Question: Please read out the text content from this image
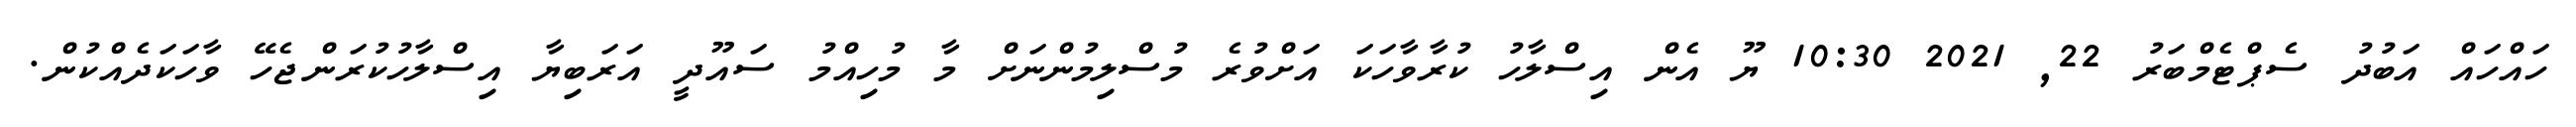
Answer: ހައްހައް އަބުދު ސެޕްޓެމްބަރު 22, 2021 10:30 ޔޫ އެން އިސްލާހު ކުރާވާހަކަ އަށްވުރެ މުސްލިމުންނަށް މާ މުހިއްމު ސައޫދީ އަރަބިޔާ އިސްލާހުކުރަންޖެހޭ ވާހަކަދެއްކުން.